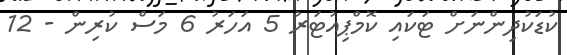
ކުޑަކުދިންނަށް ޓަކައި ކޮމްޕިއުޓަރު 5 އަހަރު 6 މަސް ކުރިން - 12